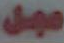
مبل